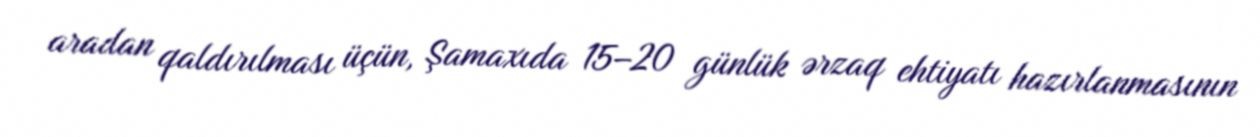
aradan qaldırılması üçün, Şamaxıda 15–20 günlük ərzaq ehtiyatı hazırlanmasının